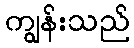
ကျွန်းသည်